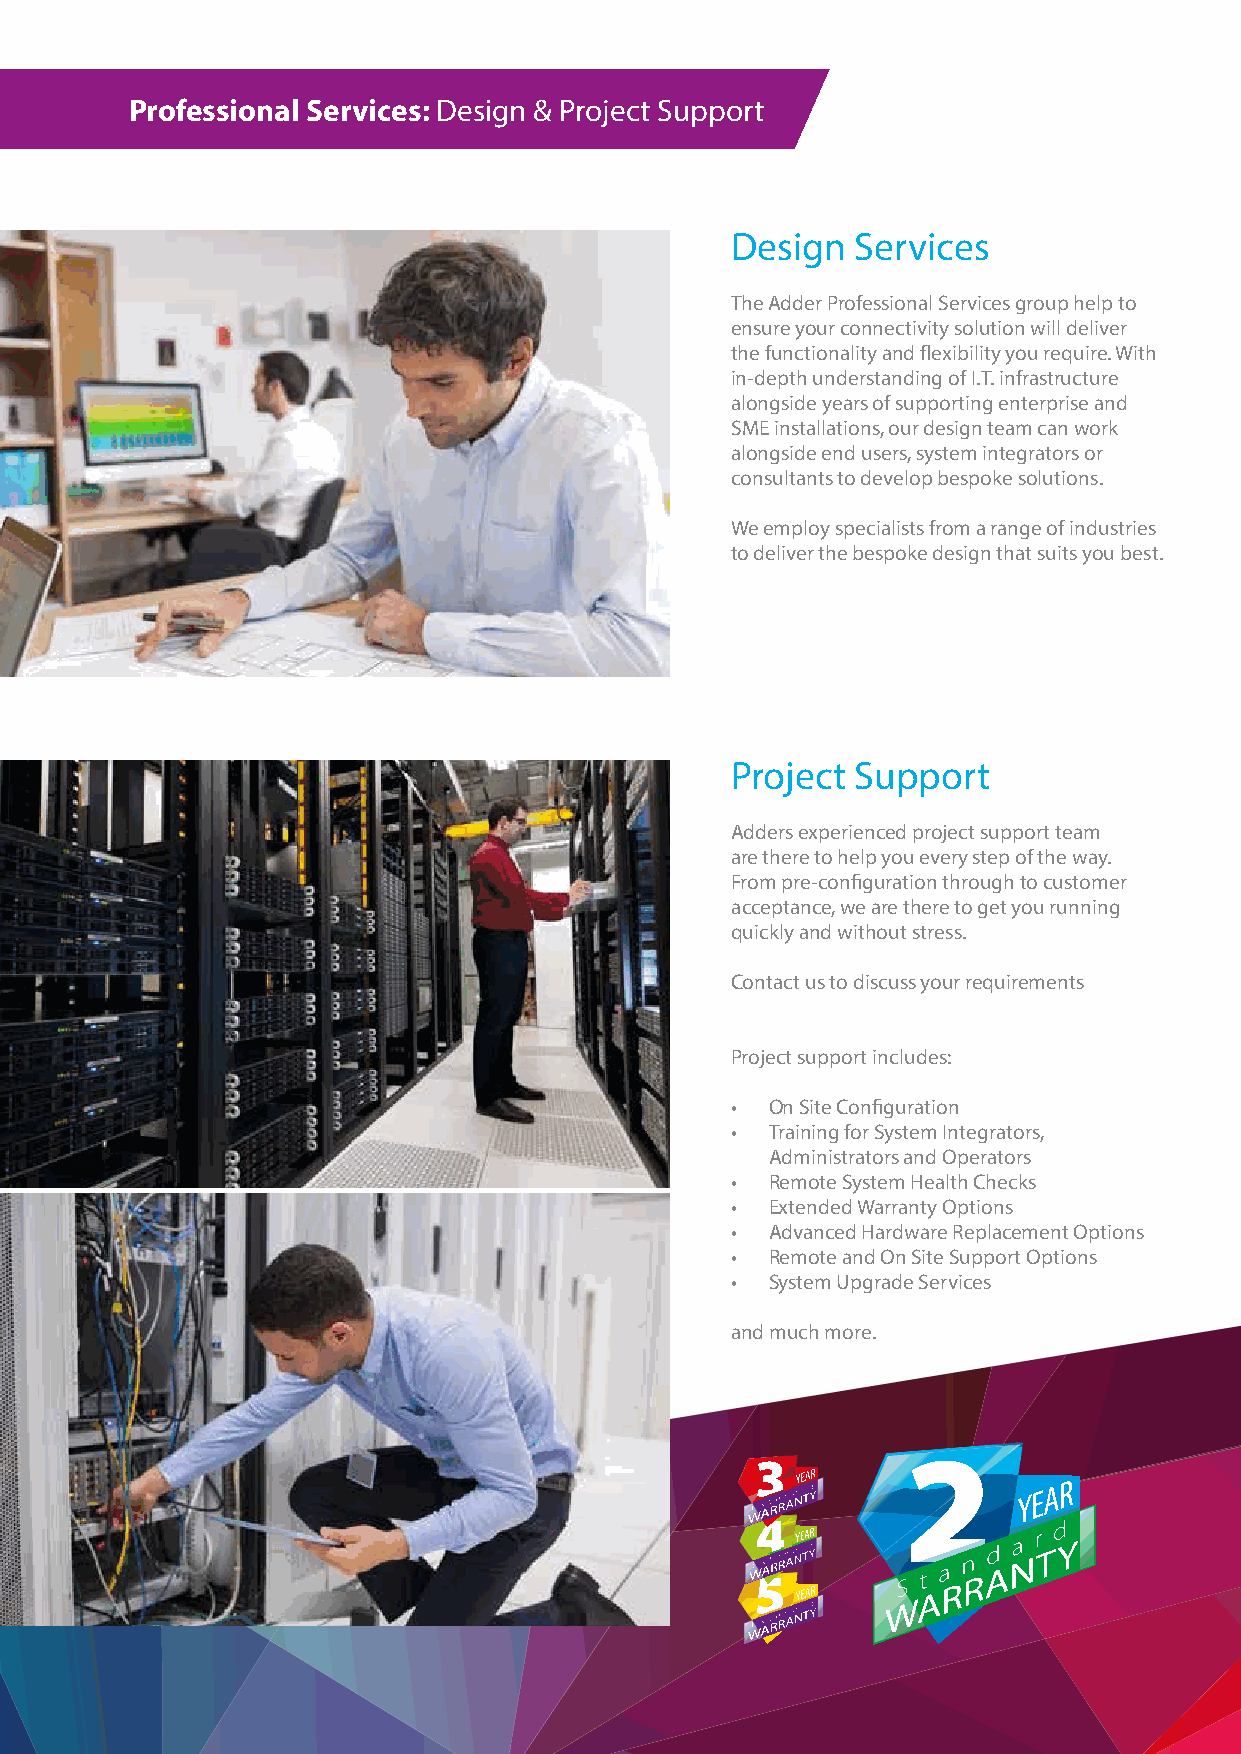
Professional Services: Design & Project Support
 Design   Services
 The Adder Professional Services group help to
 ensure your connectivity solution will deliver
 the functionality and flexibility you require. With
 in-depth understanding of I.T. infrastructure
 alongside years of supporting enterprise and
 SME installations, our design team can work
 alongside end users, system integrators or
 consultants to develop bespoke solutions.
 We employ specialists from a range of industries
 to deliver the bespoke design that suits you best.
 Project  Support
 Adders experienced project support team
 are there to help you every step of the way.
 From pre-configuration through to customer
 acceptance, we are there to get you running
 quickly and without stress.
 Contact us to discuss your requirements
 Project support includes:
 •  On Site Configuration
 •  Training for System Integrators,
 Administrators and Operators
 •  Remote System Health Checks
 •  Extended Warranty Options
 •  Advanced Hardware Replacement Options
 •  Remote and On Site Support Options
 •  System Upgrade Services
 and much more.
 2
 3
 4
 5